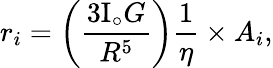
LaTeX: r_{i}=\left(\frac{3\mathrm{I}_{\circ}G}{R^{5}}\right)\frac{1}{\eta}\times A_{i},